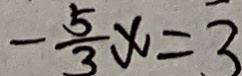
- \frac { 5 } { 3 } x = 3